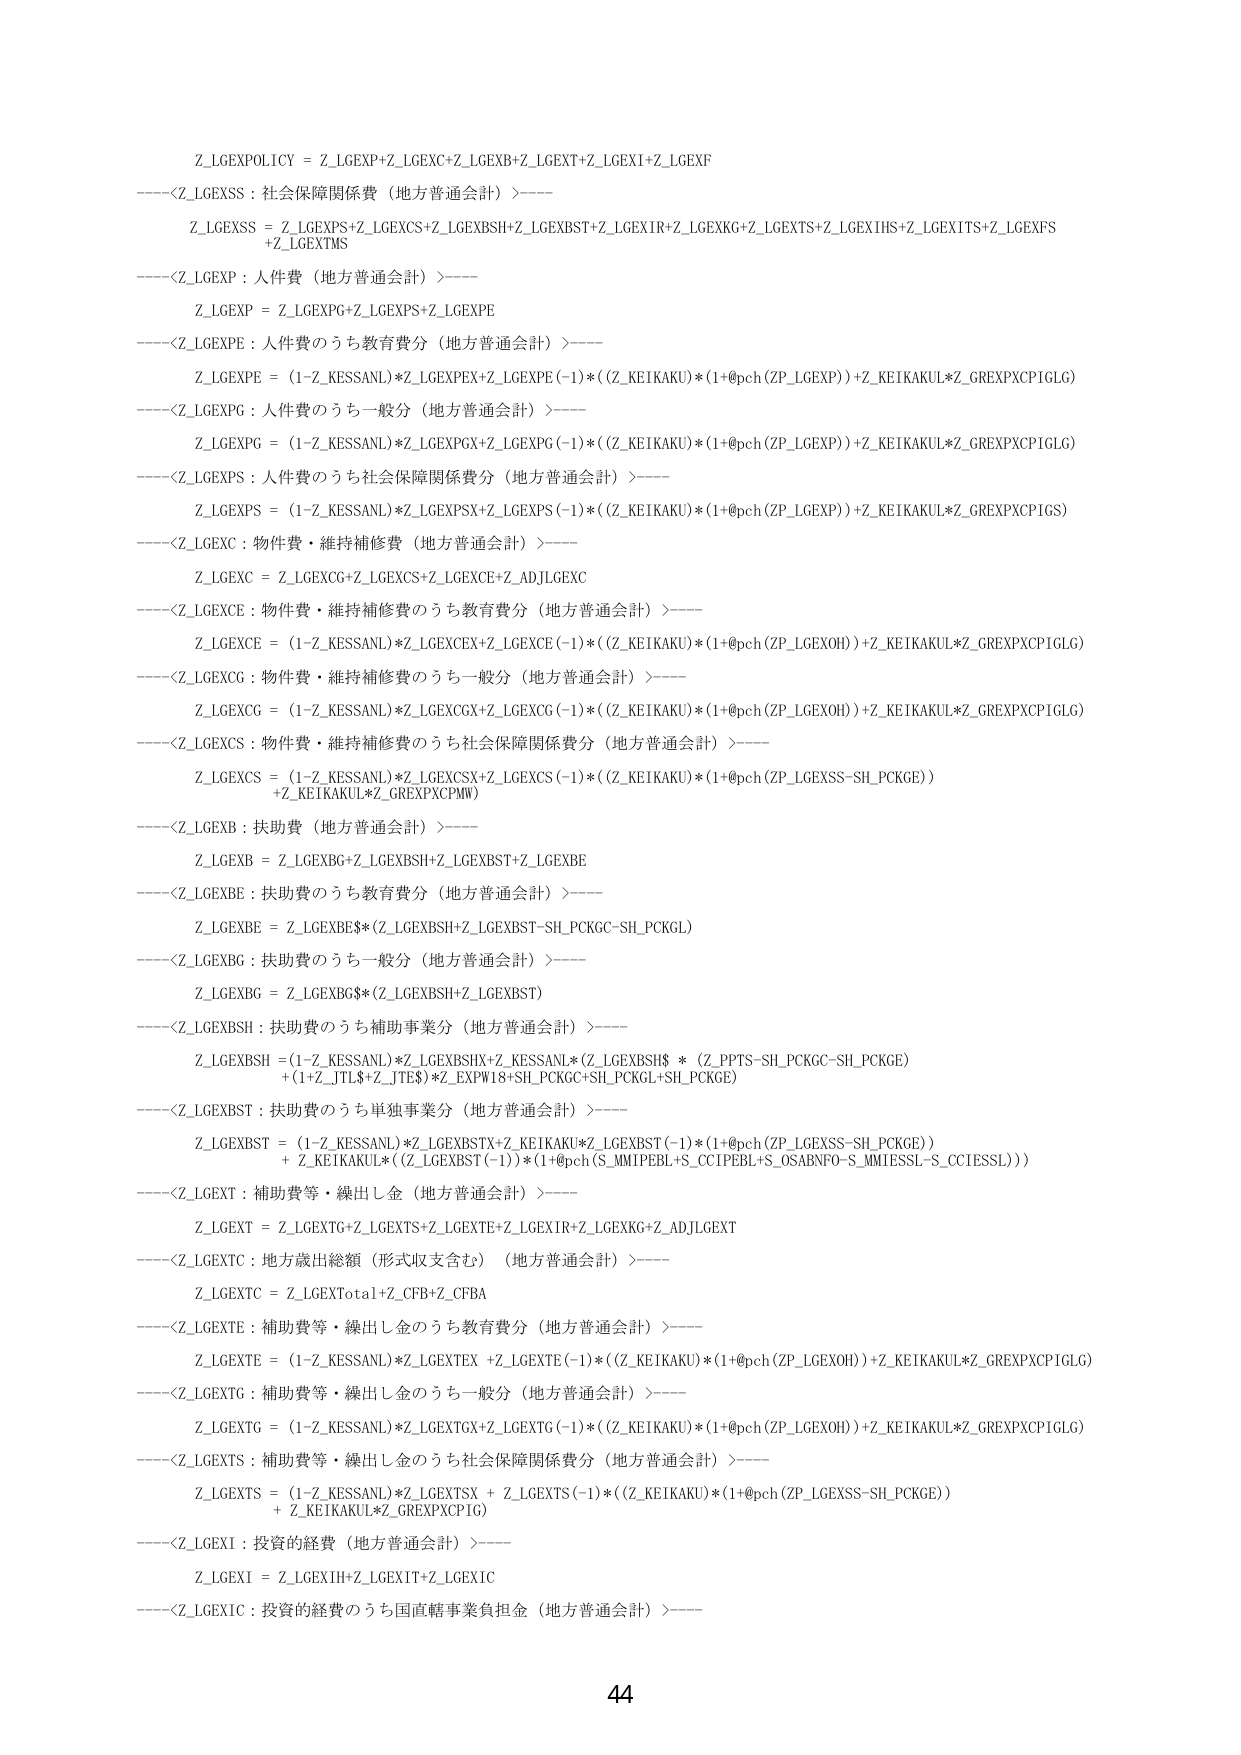
Z_LGEXPOLICY = Z_LGEXP+Z_LGEXC+Z_LGEXB+Z_LGEXT+Z_LGEXI+Z_LGEXF
----<Z_LGEXSS : 社会保障関係費（地方普通会計）>----
Z_LGEXSS = Z_LGEXPS+Z_LGEXCS+Z_LGEXBSH+Z_LGEXBST+Z_LGEXIR+Z_LGEXKG+Z_LGEXTS+Z_LGEXIHS+Z_LGEXITS+Z_LGEXFS
+Z_LGEXTMS
----<Z_LGEXP : 人件費（地方普通会計）>----
Z_LGEXP = Z_LGEXPG+Z_LGEXPS+Z_LGEXPE
----<Z_LGEXPE : 人件費のうち教育費分（地方普通会計）>----
Z_LGEXPE = (1-Z_KESSANL)*Z_LGEXPEX+Z_LGEXPE(-1)*( (Z_KEIKAKU)*(1+@pch(ZP_LGEXP)) +Z_KEIKAKUL*Z_GREXPXCP1GLG)
----<Z_LGEXPG : 人件費のうち一般分（地方普通会計）>----
Z_LGEXPG = (1-Z_KESSANL)*Z_LGEXPGX+Z_LGEXPG(-1)*( (Z_KEIKAKU)*(1+@pch(ZP_LGEXP)) +Z_KEIKAKUL*Z_GREXPXCP1GLG)
----<Z_LGEXPS : 人件費のうち社会保障関係費分（地方普通会計）>----
Z_LGEXPS = (1-Z_KESSANL)*Z_LGEXPSX+Z_LGEXPS(-1)*( (Z_KEIKAKU)*(1+@pch(ZP_LGEXP)) +Z_KEIKAKUL*Z_GREXPXCP1GS)
----<Z_LGEXC : 物件費・維持補修費（地方普通会計）>----
Z_LGEXC = Z_LGEXCG+Z_LGEXCS+Z_LGEXCE+Z_ADJLGEXC
----<Z_LGEXCE : 物件費・維持補修費のうち教育費分（地方普通会計）>----
Z_LGEXCE = (1-Z_KESSANL)*Z_LGEXCEX+Z_LGEXCE(-1)*( (Z_KEIKAKU)*(1+@pch(ZP_LGEXOH)) +Z_KEIKAKUL*Z_GREXPXCP1GLG)
----<Z_LGEXCG : 物件費・維持補修費のうち一般分（地方普通会計）>----
Z_LGEXCG = (1-Z_KESSANL)*Z_LGEXCGX+Z_LGEXCG(-1)*( (Z_KEIKAKU)*(1+@pch(ZP_LGEXOH)) +Z_KEIKAKUL*Z_GREXPXCP1GLG)
----<Z_LGEXCS : 物件費・維持補修費のうち社会保障関係費分（地方普通会計）>----
Z_LGEXCS = (1-Z_KESSANL)*Z_LGEXCSX+Z_LGEXCS(-1)*( (Z_KEIKAKU)*(1+@pch(ZP_LGEXSS-SH_PCKGE))
+Z_KEIKAKUL*Z_GREXPXCPMW)
----<Z_LGEXB : 扶助費（地方普通会計）>----
Z_LGEXB = Z_LGEXBG+Z_LGEXBSH+Z_LGEXBST+Z_LGEXBE
----<Z_LGEXBE : 扶助費のうち教育費分（地方普通会計）>----
Z_LGEXBE = Z_LGEXBE* (Z_LGEXBSH+Z_LGEXBST-SH_PCKGC-SH_PCKGL)
----<Z_LGEXBG : 扶助費のうち一般分（地方普通会計）>----
Z_LGEXBG = Z_LGEXBG* (Z_LGEXBSH+Z_LGEXBST)
----<Z_LGEXBSH : 扶助費のうち補助事業分（地方普通会計）>----
Z_LGEXBSH = (1-Z_KESSANL)*Z_LGEXBSHX+Z_KESSANL*(Z_LGEXBSH$ * (Z_PPTS-SH_PCKGC-SH_PCKGE)
+ (1+Z_JTL$+Z_JTES)*Z_EXPW18+SH_PCKGC+SH_PCKGL+SH_PCKGE)
----<Z_LGEXBST : 扶助費のうち単独事業分（地方普通会計）>----
Z_LGEXBST = (1-Z_KESSANL)*Z_LGEXBSTX+Z_KEIKAKU*Z_LGEXBST(-1)*(1+@pch(ZP_LGEXSS-SH_PCKGE))
+ Z_KEIKAKUL* ( (Z_LGEXBST(-1))*(1+@pch(S_MMIPPEBL+S_CCIPPEBL+S_OSABNFO-S_MMIESSL-S_CCIESSL)) )
----<Z_LGEXT : 補助費等・繰出し金（地方普通会計）>----
Z_LGEXT = Z_LGEXTG+Z_LGEXTS+Z_LGEXTE+Z_LGEXIR+Z_LGEXKG+Z_ADJLGEXT
----<Z_LGEXTC : 地方歳出総額（形式収支含む）（地方普通会計）>----
Z_LGEXTC = Z_LGEXTotal+Z_CFB+Z_CFBA
----<Z_LGEXTE : 補助費等・繰出し金のうち教育費分（地方普通会計）>----
Z_LGEXTE = (1-Z_KESSANL)*Z_LGEXTEX +Z_LGEXTE(-1)* ( (Z_KEIKAKU)*(1+@pch(ZP_LGEXOH)) +Z_KEIKAKUL*Z_GREXPXCP1GLG)
----<Z_LGEXTG : 補助費等・繰出し金のうち一般分（地方普通会計）>----
Z_LGEXTG = (1-Z_KESSANL)*Z_LGEXTGX+Z_LGEXTG(-1)*( (Z_KEIKAKU)*(1+@pch(ZP_LGEXOH)) +Z_KEIKAKUL*Z_GREXPXCP1GLG)
----<Z_LGEXTS : 補助費等・繰出し金のうち社会保障関係費分（地方普通会計）>----
Z_LGEXTS = (1-Z_KESSANL)*Z_LGEXTSX + Z_LGEXTS(-1)* ( (Z_KEIKAKU)*(1+@pch(ZP_LGEXSS-SH_PCKGE))
+ Z_KEIKAKUL*Z_GREXPXCP1G)
----<Z_LGEXI : 投資の経費（地方普通会計）>----
Z_LGEXI = Z_LGEXIH+Z_LGEXIT+Z_LGEXIC
----<Z_LGEXIC : 投資の経費のうち国直轄事業負担金（地方普通会計）>----
44